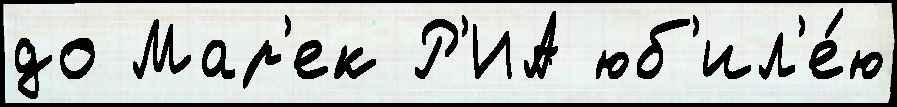
до Мар'ек Р'ИА юб'ил'е́ю